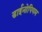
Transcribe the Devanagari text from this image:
डाईनोपियम